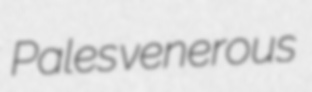
Pales venerous